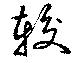
較